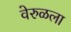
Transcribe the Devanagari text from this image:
वेरुळला